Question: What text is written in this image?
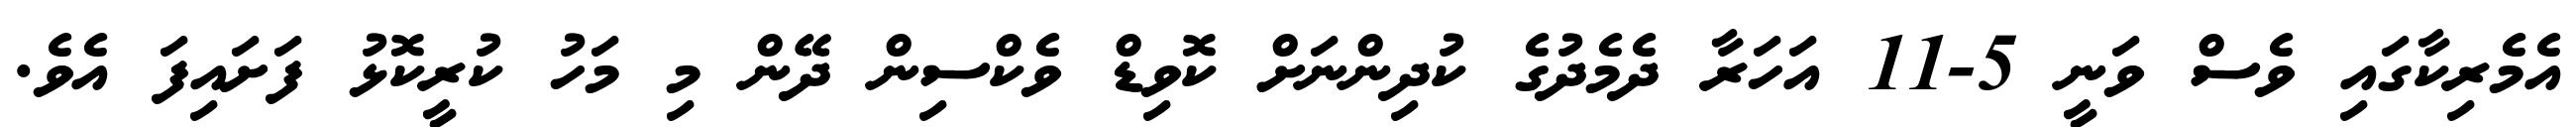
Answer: އެމެރިކާގައި ވެސް ވަނީ 5-11 އަހަރާ ދެމެދުގެ ކުދިންނަށް ކޮވިޑް ވެކްސިން ދޭން މި މަހު ކުރީކޮޅު ފަށައިފަ އެވެ.